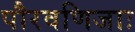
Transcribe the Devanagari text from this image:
पौरवणिजाः